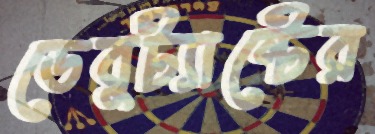
ডেবুট্যান্টের